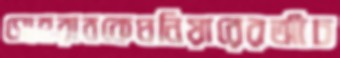
সোহরাবকেঘনিয়ারেরআঁচ